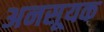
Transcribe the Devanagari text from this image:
अनसूयक